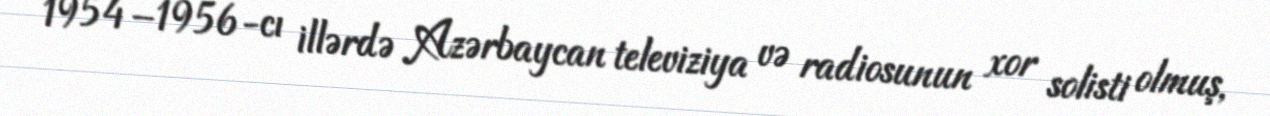
1954–1956-cı illərdə Azərbaycan televiziya və radiosunun xor solisti olmuş,